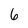
Character: 6